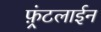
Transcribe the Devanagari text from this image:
फ़्रंटलाईन